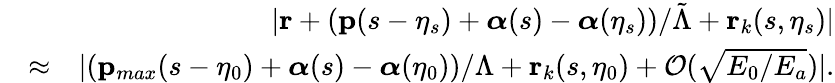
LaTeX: \begin{array}{rlr}&{}&{|\mathbf{r}+(\mathbf{p}(s-\eta_{s})+\boldsymbol{\alpha}(s)-\boldsymbol{\alpha}(\eta_{s}))/\tilde{\Lambda}+\mathbf{r}_{k}(s,\eta_{s})|}\\ &{\approx}&{|(\mathbf{p}_{max}(s-\eta_{0})+\boldsymbol{\alpha}(s)-{\boldsymbol\alpha}(\eta_{0}))/\Lambda+\mathbf{r}_{k}(s,\eta_{0})+{\cal O}(\sqrt{E_{0}/E_{a}})|.}\end{array}